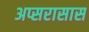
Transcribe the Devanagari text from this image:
अप्सरासास